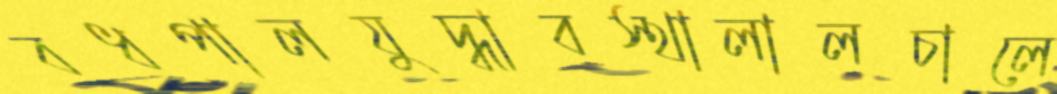
বধপালযুদ্ধাবস্থালালচালে